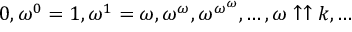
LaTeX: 0 , \omega ^ { 0 } = 1 , \omega ^ { 1 } = \omega , \omega ^ { \omega } , \omega ^ { \omega ^ { \omega } } , \ldots , \omega \uparrow \uparrow k , \ldots